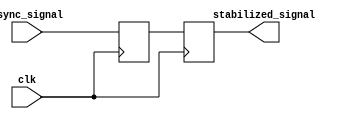
module two_ff_metastability_detector (
    input wire async_signal,   // Asynchronous input signal
    input wire clk,            // Synchronous clock signal
    output reg stabilized_signal // Synchronized output signal
);

    // Internal signals to hold the outputs of the two flip-flops
    reg ff1_out;   // Output of FF1

    // First Flip-Flop (FF1) to sample async_signal
    always @(posedge clk) begin
        ff1_out <= async_signal; // Capture the async_signal
    end

    // Second Flip-Flop (FF2) to sample the output of FF1
    always @(posedge clk) begin
        stabilized_signal <= ff1_out; // Capture the output of FF1
    end

endmodule